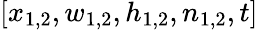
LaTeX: [x_{1,2},w_{1,2},h_{1,2},n_{1,2},t]